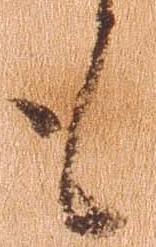
も